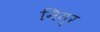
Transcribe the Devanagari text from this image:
निम्‍र